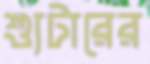
শ্যুটারের